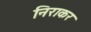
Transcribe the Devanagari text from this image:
निराकर